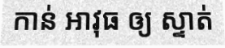
កាន់ អាវុធ ឲ្យ ស្ទាត់